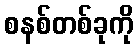
စနစ်တစ်ခုကို